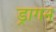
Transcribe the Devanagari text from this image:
ड्रागन